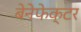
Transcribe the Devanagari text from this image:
बेनेफेक्टर